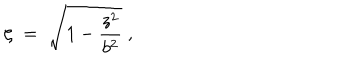
LaTeX: \zeta \; = \; \sqrt { 1 - { \frac { z ^ { 2 } } { b ^ { 2 } } } } \; ,